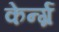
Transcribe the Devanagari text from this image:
केर्न्ग्र